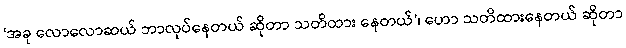
‘အခု လောလောဆယ် ဘာလုပ်နေတယ် ဆိုတာ သတိထား နေတယ်’၊ ဟော သတိထားနေတယ် ဆိုတာ